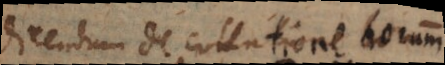
Dicendum de collatione horum